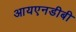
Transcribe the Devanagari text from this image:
आयएनडीबी